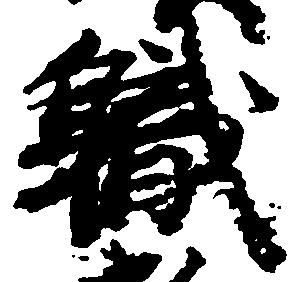
職